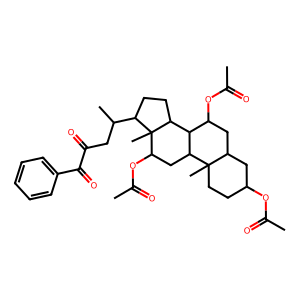
SMILES: CC(=O)OC1CCC2(C)C(C1)CC(OC(C)=O)C1C2CC(OC(C)=O)C2(C)C(C(C)CC(=O)C(=O)c3ccccc3)CCC12
Inhibits HIV replication: No